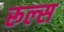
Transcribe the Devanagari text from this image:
रूल्‍स